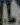
L